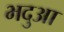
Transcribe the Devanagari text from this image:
भदुआ